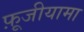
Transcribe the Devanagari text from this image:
फ़ूजीयामा